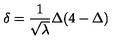
\delta = \frac { 1 } { \sqrt { \lambda } } \Delta ( 4 - \Delta )